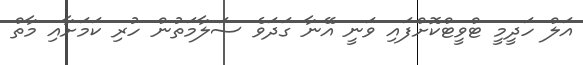
އަލް ހަދީމީ ޓްވީޓްކޮށްފައި ވަނީ އޭނާ ގަދަވެ ސަލާމަތުން ހުރި ކަމަށާއި މާތް